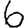
Digit: 6